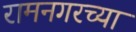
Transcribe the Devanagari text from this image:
रामनगरच्या